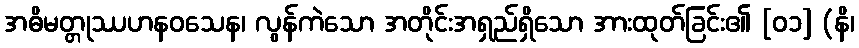
အဓိမတ္တုဿဟနဝသေန၊ လွန်ကဲသော အတိုင်းအရှည်ရှိသော အားထုတ်ခြင်း၏ [၀၁] (နိ၊